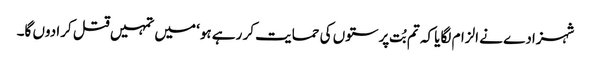
شہزادے نے الزام لگایا کہ تم بُت پرستوں کی حمایت کر رہے ہو‘ میں تمہیں قتل کرا دوں گا۔